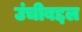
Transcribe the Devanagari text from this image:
उंचीबद्दल